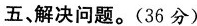
五、解决问题。(36分)